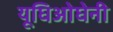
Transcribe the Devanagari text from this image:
यूघिओघेनी